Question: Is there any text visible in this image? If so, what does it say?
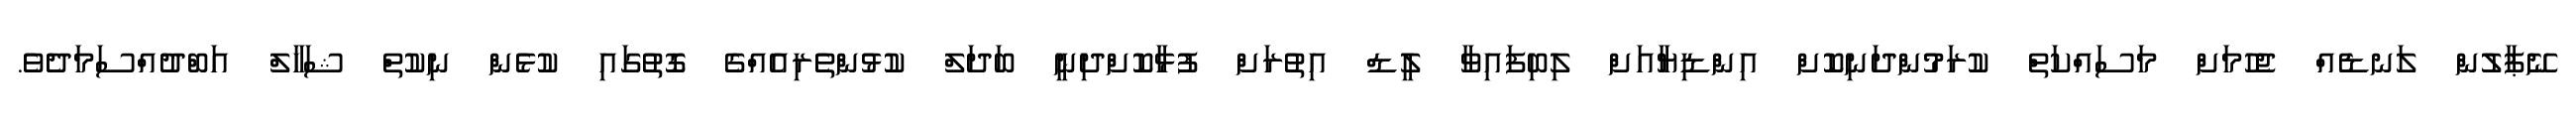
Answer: ނޭޕާލުން ލަނޑެއް ޖެހުމަށް މަސައްކަތް ކުރަމުންދަނިކޮށް އިންޑިޔާއަށް ލިބިފައިވާ ލީޑް އިތުރަށް ފުޅާކޮށްދިނީ ބަދަލް ކުޅުންތެރިއެއްގެ ގޮތުގައި ކުޅެން ނިކުތް ޝަހާލް އަބްދުއްސަމަދެވެ.